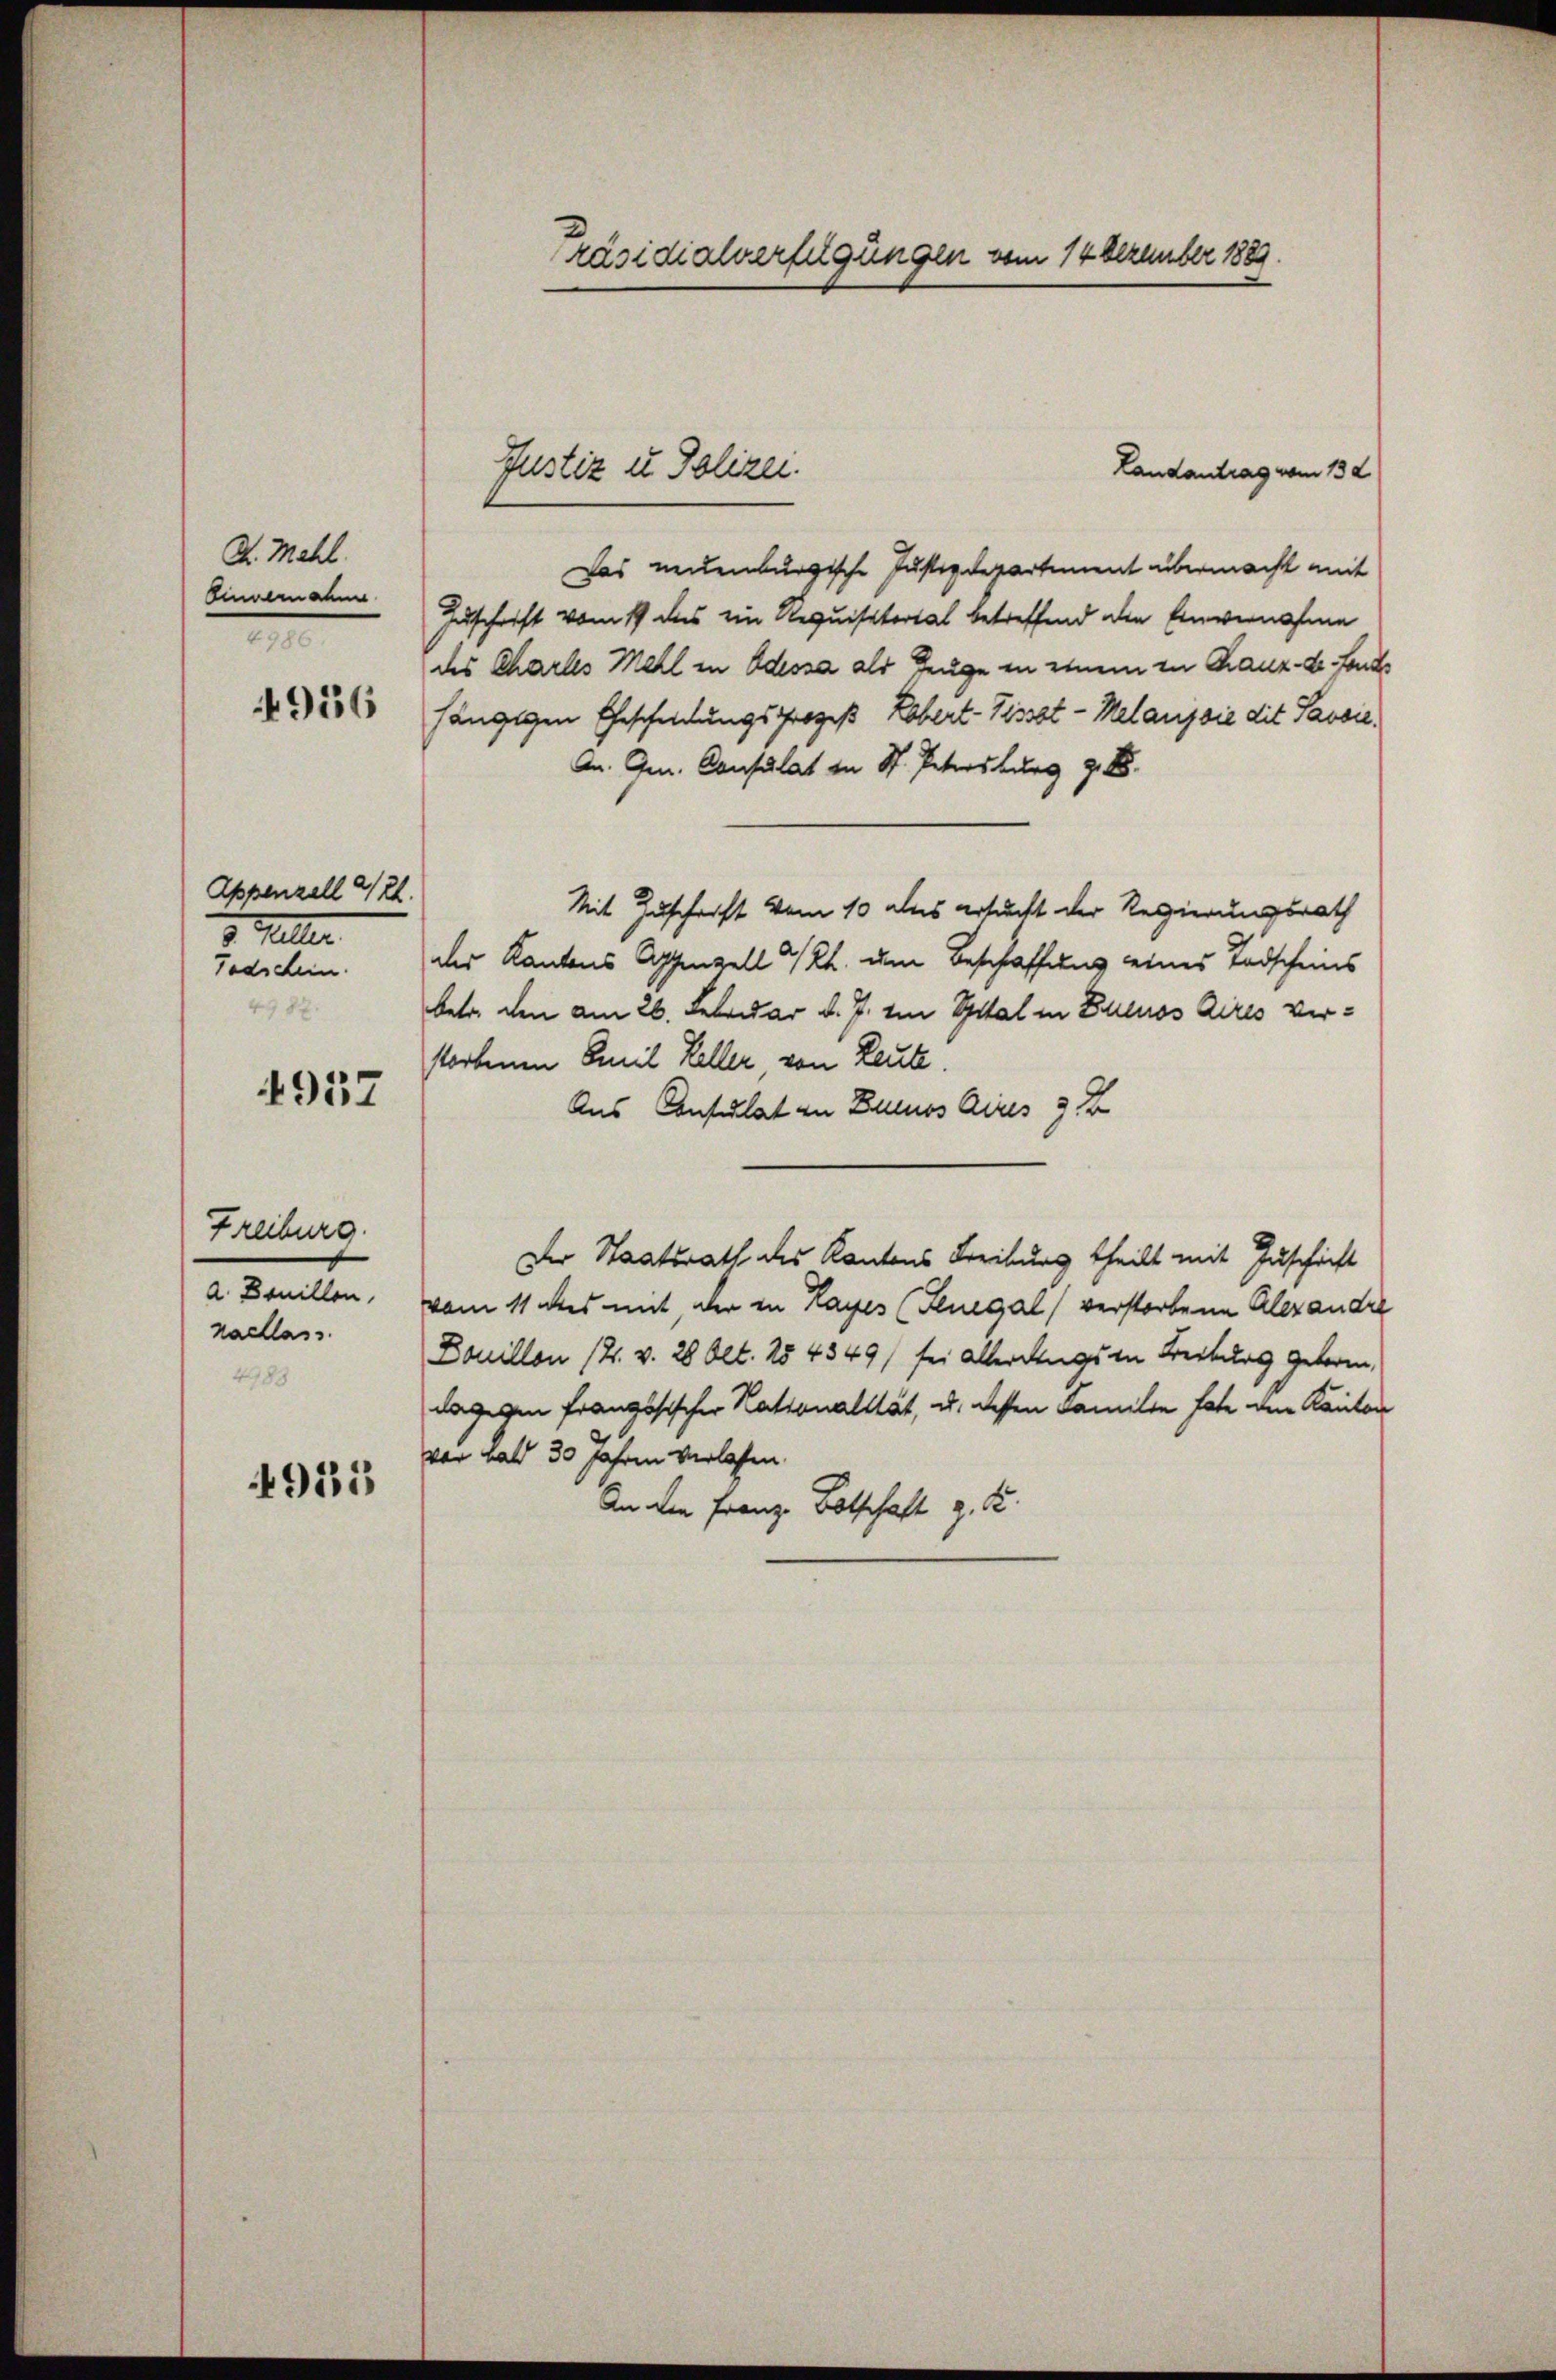
D. Mehl.
Einvernahme
2
4956

Appenzell 421.
3. Gelter
Todschein.
4987.

4957

Freiburg.
a. Denillen,
nachlass
4983

4925

Präsidialverfügungen vom 14 Dezember 1889.

Landantrag vom 13 d
Das neuenburgische Justizdepartement übermacht mit
Zuschrift vom 19 des ein Requisitorial betreffend die Einvernahme
des Charles Mehl in Odessa als Zeuge in einem zu Chaux-de-Fonds
hängigen Eheschelungsprozeß Lobert- Pissot-Melangsie dit Passie
An. Gen. Consulat in St. Petersburg z. 85.
Mit Zuschrift vom 10 das ersucht der Regierungsrath
des Kantons Appenzell I/Rh. um Beschaffung eines Todscheins
betr. den am 26. Februar d. J. im Spital in Buenos Aires verstorbenen Emil Keller, von Leute.
Aus Consulat in Buenos Aires 3. Z
Der Staatsrath des Kantons Treiburg theilt mit Zuschrift
vom 11 des mit der in Hages (Flnegal verstorbene Alexandre
Douillon 12. v. 28 Okt. 154349) sei allerdings in Breitung geboren,
dagegen französischer Rationalität, u. dessen Familie hat den Kanton
vor Bald 30 Jahren verlassen.
An die Franz Botschaft z. B.

Justiz u. Polizei.